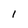
Character: I